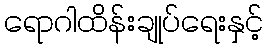
ရောဂါထိန်းချုပ်ရေးနှင့်